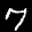
Label: 7